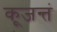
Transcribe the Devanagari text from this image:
कूजन्तं